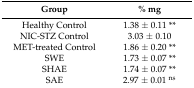
<table><thead><tr><td><b>Group</b></td><td><b>% mg</b></td></tr></thead><tbody><tr><td>Healthy Control</td><td>1.38 ± 0.11 **</td></tr><tr><td>NIC-STZ Control</td><td>3.03 ± 0.10</td></tr><tr><td>MET-treated Control</td><td>1.86 ± 0.20 **</td></tr><tr><td>SWE</td><td>1.73 ± 0.07 **</td></tr><tr><td>SHAE</td><td>1.74 ± 0.07 **</td></tr><tr><td>SAE</td><td>2.97 ± 0.01 <sup>ns</sup></td></tr></tbody></table>